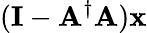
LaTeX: (\mathbf{I}-\mathbf{A}^{\dagger}\mathbf{A})\mathbf{x}